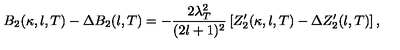
B _ { 2 } ( \kappa , l , T ) - \Delta B _ { 2 } ( l , T ) = - \frac { 2 \lambda _ { T } ^ { 2 } } { ( 2 l + 1 ) ^ { 2 } } \left[ Z _ { 2 } ^ { \prime } ( \kappa , l , T ) - \Delta Z _ { 2 } ^ { \prime } ( l , T ) \right] ,